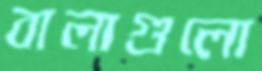
বালাগুলো